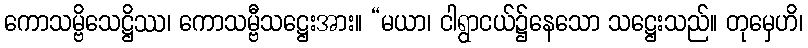
ကောသမ္ဗိသေဋ္ဌိဿ၊ ကောသမ္ဗီသဋ္ဌေးအား။ “မယာ၊ ငါရွာငယ်၌နေသော သဋ္ဌေးသည်။ တုမှေဟိ၊